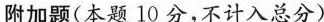
附加题(本题10分，不计入总分)